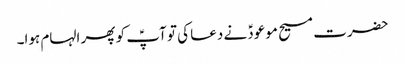
حضرت مسیح موعودؑ نے دعا کی تو آپؑ کو پھر الہام ہوا۔